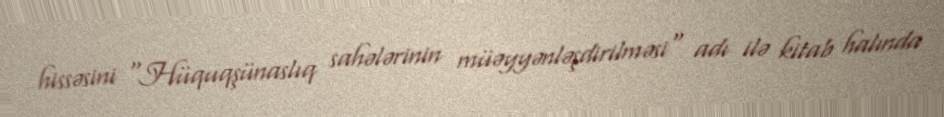
hissəsini "Hüquqşünaslıq sahələrinin müəyyənləşdirilməsi" adı ilə kitab halında